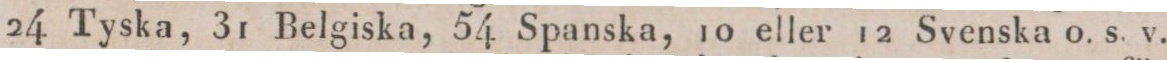
24 Tyska, 31 Belgiska, 54 Spanska, 10 eller 12 Svenska o. s. v.